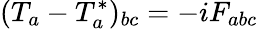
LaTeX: (T_{a}-T_{a}^{\ast})_{bc}=-iF_{abc}